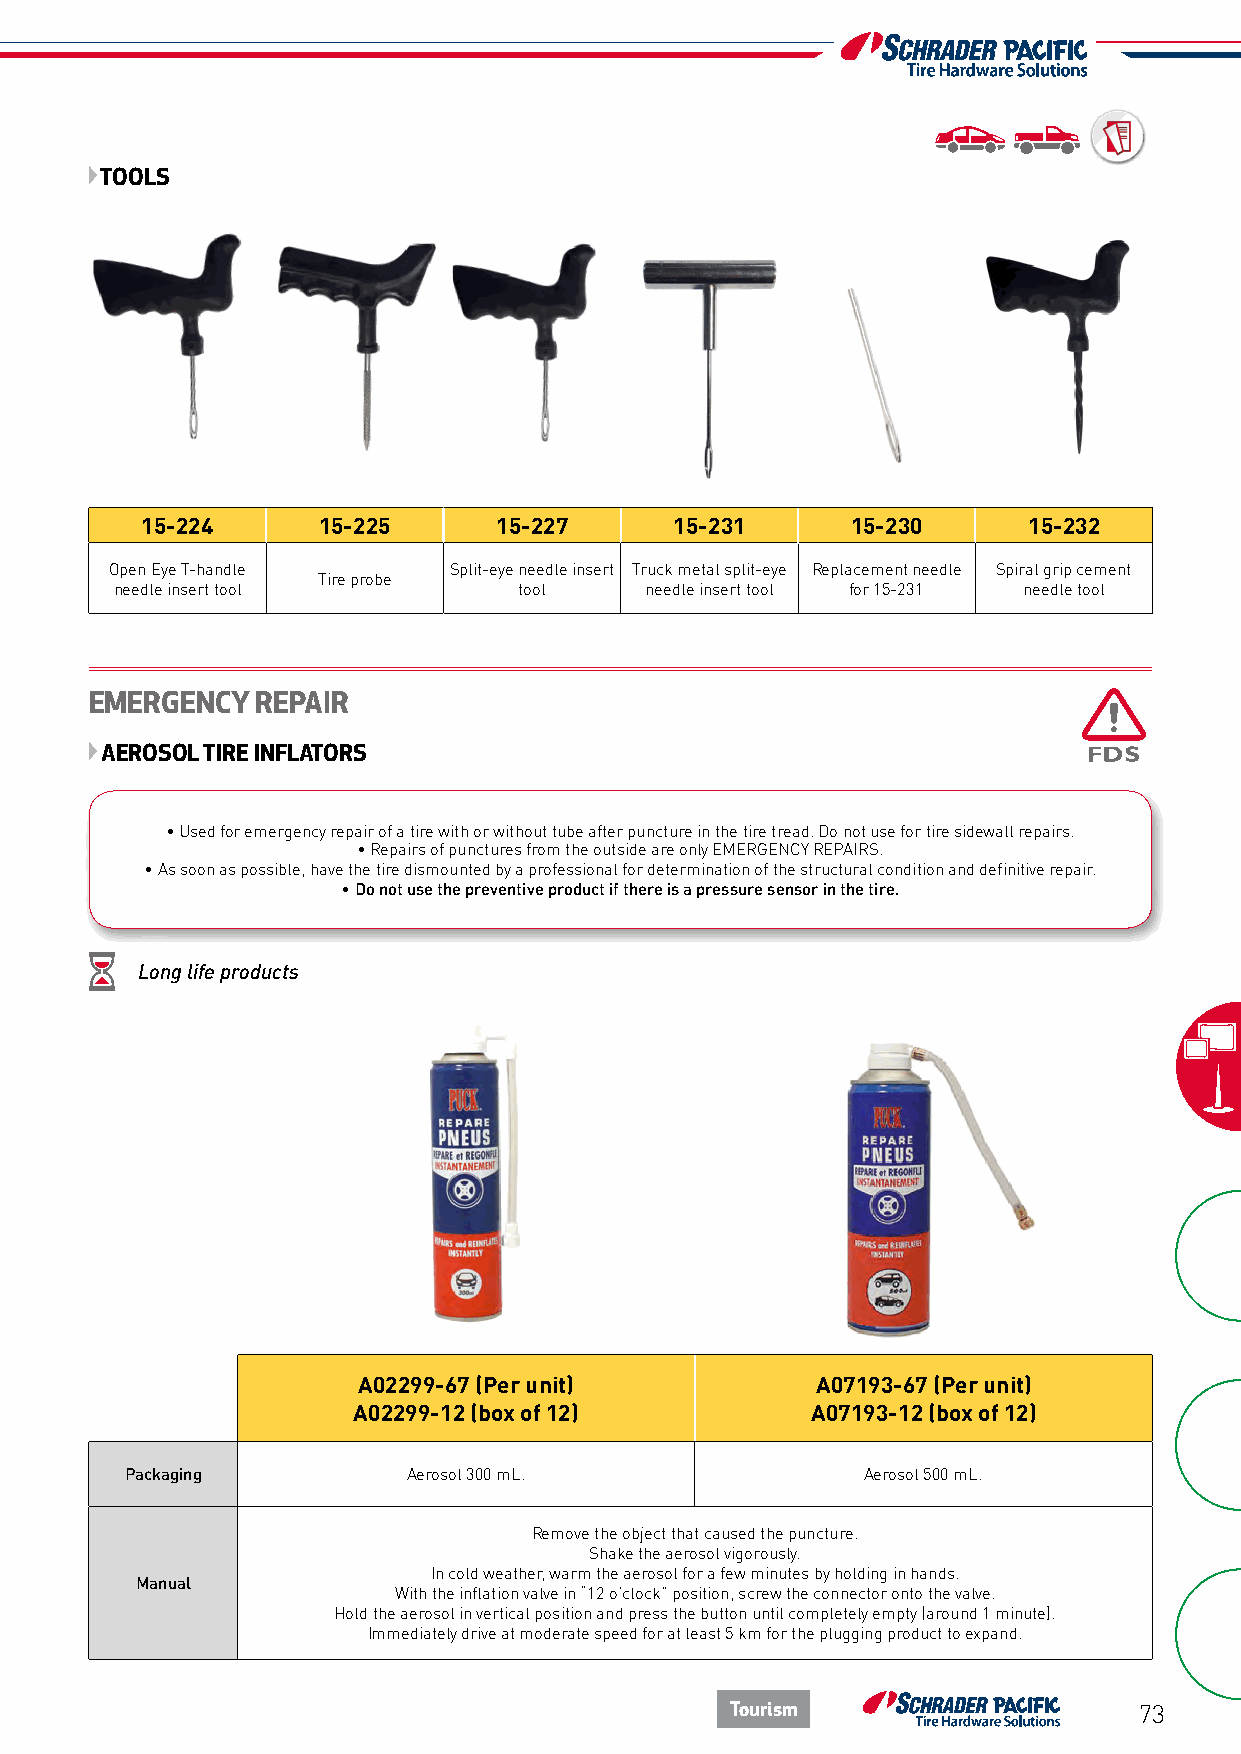
TOOLS
 15-224      15-225      15-227      15-231     15-230      15-232
 Open Eye T-handle      Split-eye needle insert Truck metal split-eye Replacement needle Spiral grip cement
 Tire probe
 needle insert tool        tool     needle insert tool for 15-231 needle tool
 EMERGENCY  REPAIR
 AEROSOL TIRE INFLATORS
 • Used for emergency repair of a tire with or without tube after puncture in the tire tread. Do not use for tire sidewall repairs.
 • Repairs of punctures from the outside are only EMERGENCY REPAIRS.
 • As soon as possible, have the tire dismounted by a professional for determination of the structural condition and definitive repair.
 • Do not use the preventive product if there is a pressure sensor in the tire.
 Long life products
 A02299-67 (Per unit)          A07193-67 (Per unit)
 A02299-12 (box of 12)          A07193-12 (box of 12)
 Packaging          Aerosol 300 mL.               Aerosol 500 mL.
 Remove the object that caused the puncture.
 Shake the aerosol vigorously.
 In cold weather, warm the aerosol for a few minutes by holding in hands.
 Manual
 With the inflation valve in “12 o’clock” position, screw the connector onto the valve.
 Hold the aerosol in vertical position and press the button until completely empty (around 1 minute).
 Immediately drive at moderate speed for at least 5 km for the plugging product to expand.
 Tourism                    73